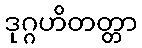
ဒုဂ္ဂဟိတတ္တာ